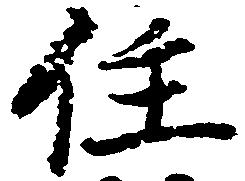
住